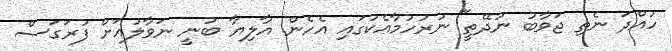
ހުއްދަ ނެތި ޖަވާބު ނުދޭތީ" ނުރުހުމާއެކުގައި އެހެން އާލިޔާ ބުނީ ނަވާލުއަށް ފުރަގަސް